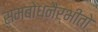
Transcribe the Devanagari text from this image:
सम्बोधनैर्भीतो